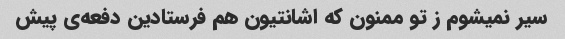
سیر نمیشوم ز تو ممنون که اشانتیون هم فرستادین دفعه‌ی پیش